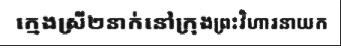
ក្មេងស្រី២នាក់នៅក្រុងព្រះវិហារនាយក